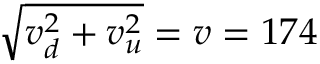
\sqrt { v _ { d } ^ { 2 } + v _ { u } ^ { 2 } } = v = 1 7 4